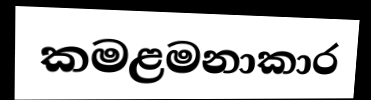
කමළමනාකාර